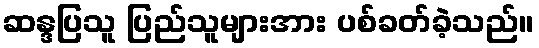
ဆန္ဒပြသူ ပြည်သူများအား ပစ်ခတ်ခဲ့သည်။